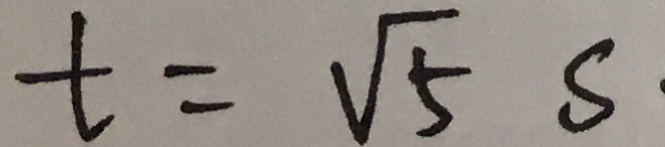
t = \sqrt { 5 } S